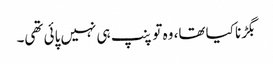
بگڑنا کیا تھا، وہ تو پنپ ہی نہیں پائی تھی۔